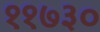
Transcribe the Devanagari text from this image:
११७३०